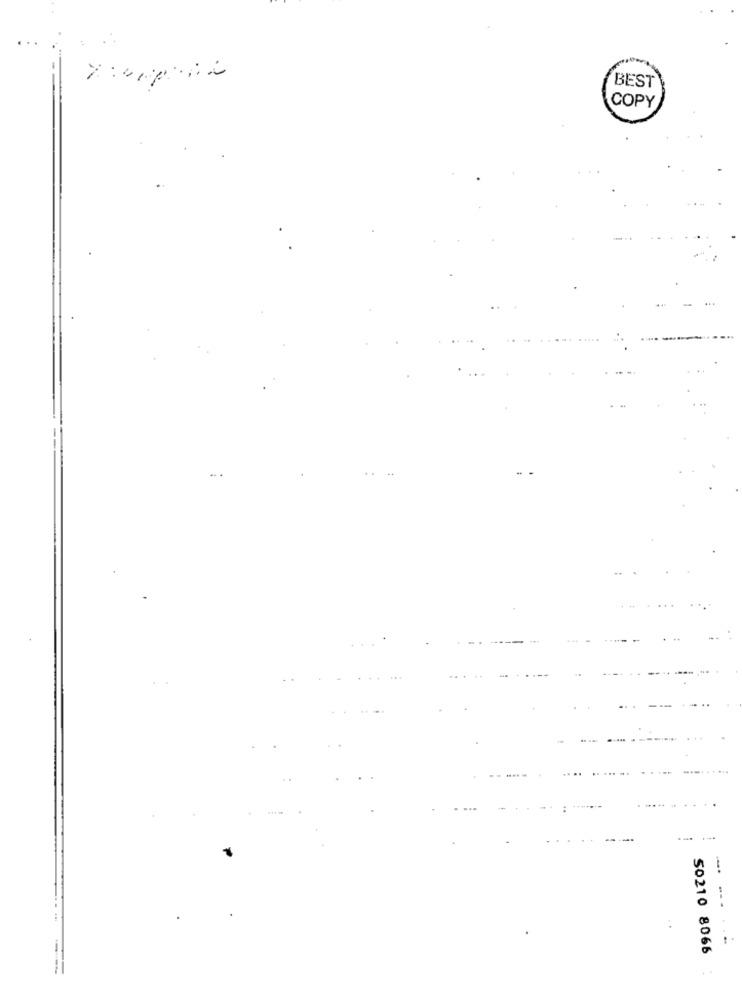
BEST
COPY
44-
.....
50210 8066